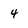
Character: 4